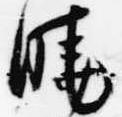
暁